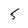
Character: 5